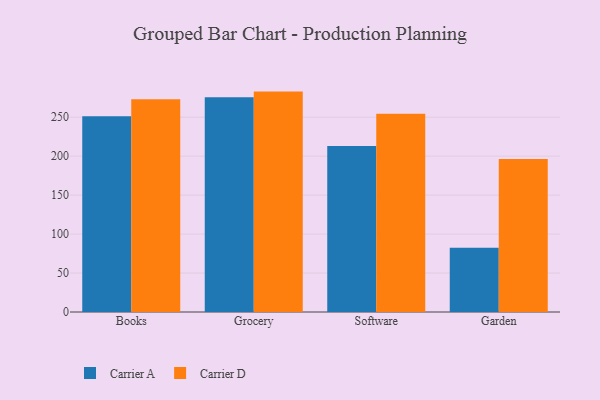
{"axis": {"x": "Category", "y": "Budget (USD K)"}, "legend": ["Carrier A", "Carrier D"], "data": [{"x": "Books", "y": 251.3, "type": "Carrier A"}, {"x": "Books", "y": 273.1, "type": "Carrier D"}, {"x": "Grocery", "y": 275.6, "type": "Carrier A"}, {"x": "Grocery", "y": 282.8, "type": "Carrier D"}, {"x": "Software", "y": 212.9, "type": "Carrier A"}, {"x": "Software", "y": 254.3, "type": "Carrier D"}, {"x": "Garden", "y": 82.4, "type": "Carrier A"}, {"x": "Garden", "y": 196.3, "type": "Carrier D"}]}